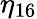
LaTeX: \eta_{16}